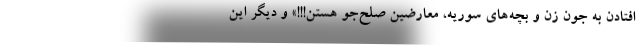
افتادن به جون زن و بچه‌های سوریه، معارضین صلح‌جو هستن!!!» و دیگر این